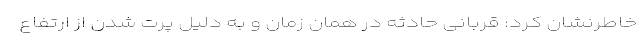
خاطرنشان کرد: قربانی حادثه در همان زمان و به دلیل پرت شدن از ارتفاع